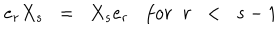
e _ { r } X _ { s } \; \; = \; \; X _ { s } e _ { r } f o r \; \; r \; \; < \; \; s - 1